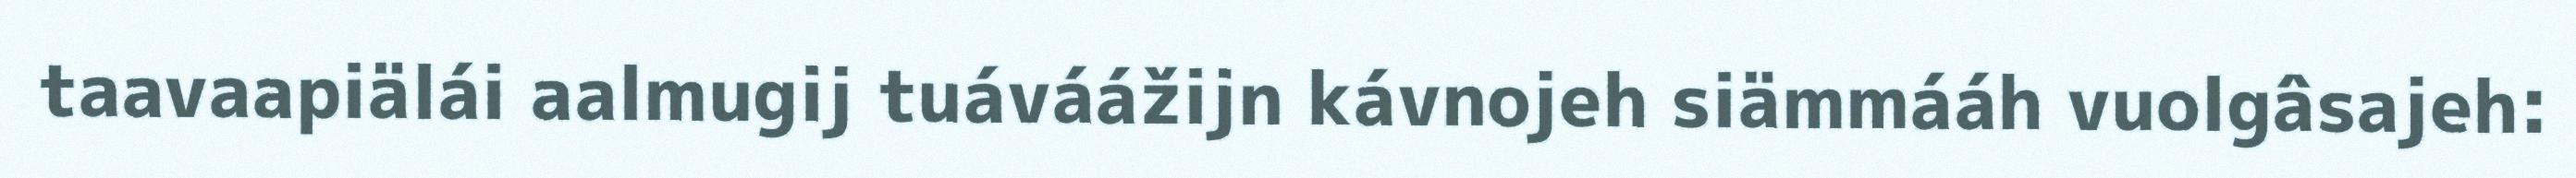
taavaapiälái aalmugij tuáváážijn kávnojeh siämmááh vuolgâsajeh: